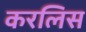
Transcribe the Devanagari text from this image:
करलिस